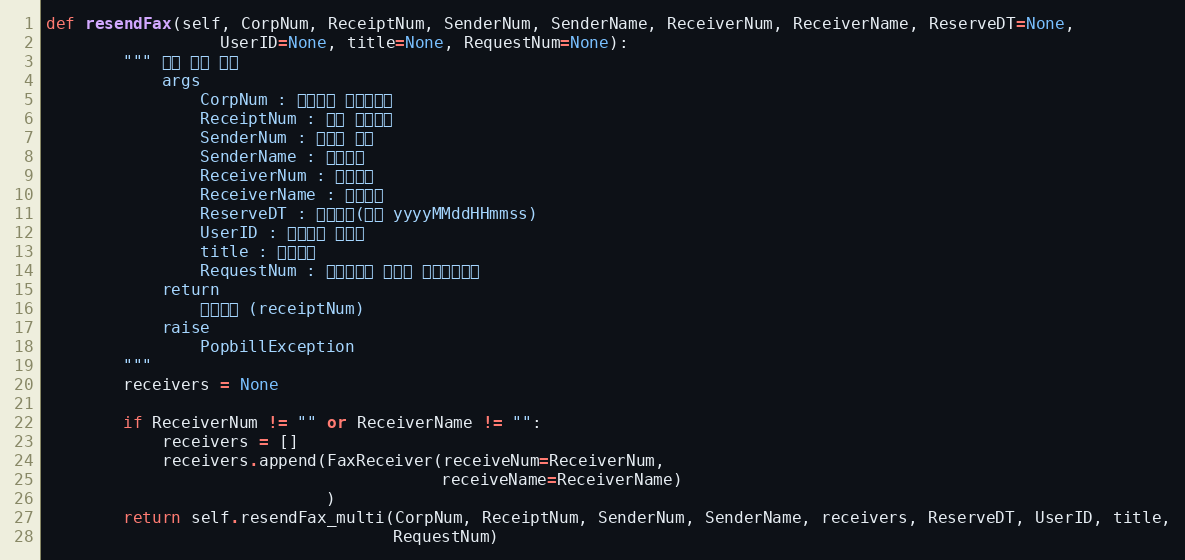
Language: Python
def resendFax(self, CorpNum, ReceiptNum, SenderNum, SenderName, ReceiverNum, ReceiverName, ReserveDT=None,
                  UserID=None, title=None, RequestNum=None):
        """ 팩스 단건 전송
            args
                CorpNum : 팝빌회원 사업자번호
                ReceiptNum : 팩스 접수번호
                SenderNum : 발신자 번호
                SenderName : 발신자명
                ReceiverNum : 수신번호
                ReceiverName : 수신자명
                ReserveDT : 예약시간(형식 yyyyMMddHHmmss)
                UserID : 팝빌회원 아이디
                title : 팩스제목
                RequestNum : 전송요청시 할당한 전송요청번호
            return
                접수번호 (receiptNum)
            raise
                PopbillException
        """
        receivers = None

        if ReceiverNum != "" or ReceiverName != "":
            receivers = []
            receivers.append(FaxReceiver(receiveNum=ReceiverNum,
                                         receiveName=ReceiverName)
                             )
        return self.resendFax_multi(CorpNum, ReceiptNum, SenderNum, SenderName, receivers, ReserveDT, UserID, title,
                                    RequestNum)